Vaccination report Assam 1874-1896 - 1874-1896
Year: 1874
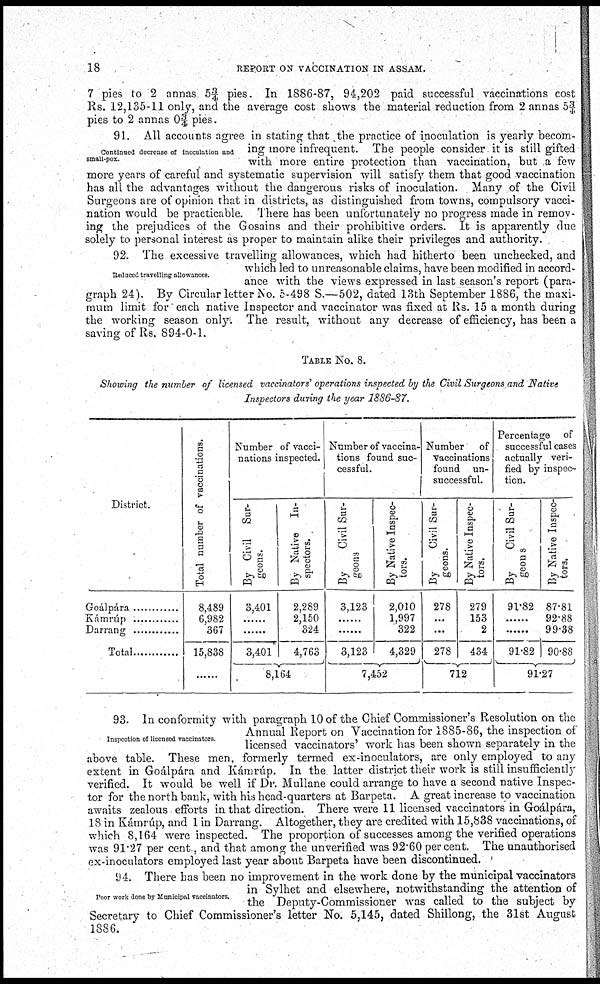
18
REPORT ON VACCINATION IN ASSAM.
7 pies to 2 annas 5¾ pies. In 1886-87, 94,202 paid successful vaccinations cost
Rs. 12,135-11 only, and the average cost shows the material reduction from 2 annas 5¾
pies to 2 annas 0¾ pies.
Continued decrease of inoculation and
small-pox.
91. All accounts agree in stating that the practice of inoculation is yearly becom-
ing more infrequent. The people consider it is still gifted
with more entire protection than vaccination, but a few
more years of careful and systematic supervision will satisfy them that good vaccination
has all the advantages without the dangerous risks of inoculation. Many of the Civil
Surgeons are of opinion that in districts, as distinguished from towns, compulsory vacci-
nation would be practicable. There has been unfortunately no progress made in remov-
ing the prejudices of the Gosains and their prohibitive orders. It is apparently due
solely to personal interest as proper to maintain alike their privileges and authority.
Reduced travelling allowances.
92. The excessive travelling allowances, which had hitherto been unchecked, and
which led to unreasonable claims, have been modified in accord-
ance with the views expressed in last season's report (para-
graph 24). By Circular letter No. 5-498 S.—502, dated 13th September 1886, the maxi-
mum limit for each native Inspector and vaccinator was fixed at Rs. 15 a month during
the working season only. The result, without any decrease of efficiency, has been a
saving of Rs. 894-0-1.
TABLE No. 8.
Showing the number of licensed vaccinators' operations inspected by the Civil Surgeons and Native
Inspectors during the year 1886-87.
District.
Goálpára.................
Kámrúp.................
Darrang.................
Total.................
Total number of vaccinations.
8,489
6,982
367
15,838
......
Number of vacci-
nations inspected.
By Civil Sur-
geons.
3,401
......
......
3,401
By Native
In-
spectors.
2,289
2,150
324
4,763
8,164
Number of vaccina-
tions found suc-
cessful.
By
Civil Sur-
geons
3,123
......
......
3,123
By Native Inspec-
tors.
2,010
1,997
322
4,329
7,452
Number of
vaccinations
found un-
successful.
By
Civil Sur-
geons.
278
...
...
278
By Native Inspec-
tors.
279
153
2
434
712
Percentage
of
successful cases
actually veri-
fied by inspec-
tion.
By
Civil Sur-
geons
91.82
......
......
91.82
By Native Inspec-
tors.
87.81
92.88
99.38
90.88
91.27
Inspection of licensed vaccinators
93. In conformity with paragraph 10 of the Chief Commissioner's Resolution on the
Annual Report on Vaccination for 1885-86, the inspection of
licensed vaccinators' work has been shown separately in the
above table. These men, formerly termed ex-inoculators, are only employed to any
extent in Goálpára and Kámrúp. In the latter district their work is still insufficiently
verified. It would be well if Dr. Mullane could arrange to have a second native Inspec-
tor for the north bank, with his head-quarters at Barpeta. A great increase to vaccination
awaits zealous efforts in that direction. There were 11 licensed vaccinators in Goálpára,
18 in Kámrúp, and 1 in Darrang. Altogether, they are credited with 15,838 vaccinations, of
which 8,164 were inspected. The proportion of successes among the verified operations
was 91.27 per cent., and that among the unverified was 92.60 per cent. The unauthorised
ex-inoculators employed last year about Barpeta have been discontinued.
Poor work done by Municipal vaccinators.
94. There has been no improvement in the work done by the municipal vaccinators
in Sylhet and elsewhere, notwithstanding the attention of
the Deputy-Commissioner was called to the subject by
Secretary to Chief Commissioner's letter No. 5,145, dated Shillong, the 31st August
1886.